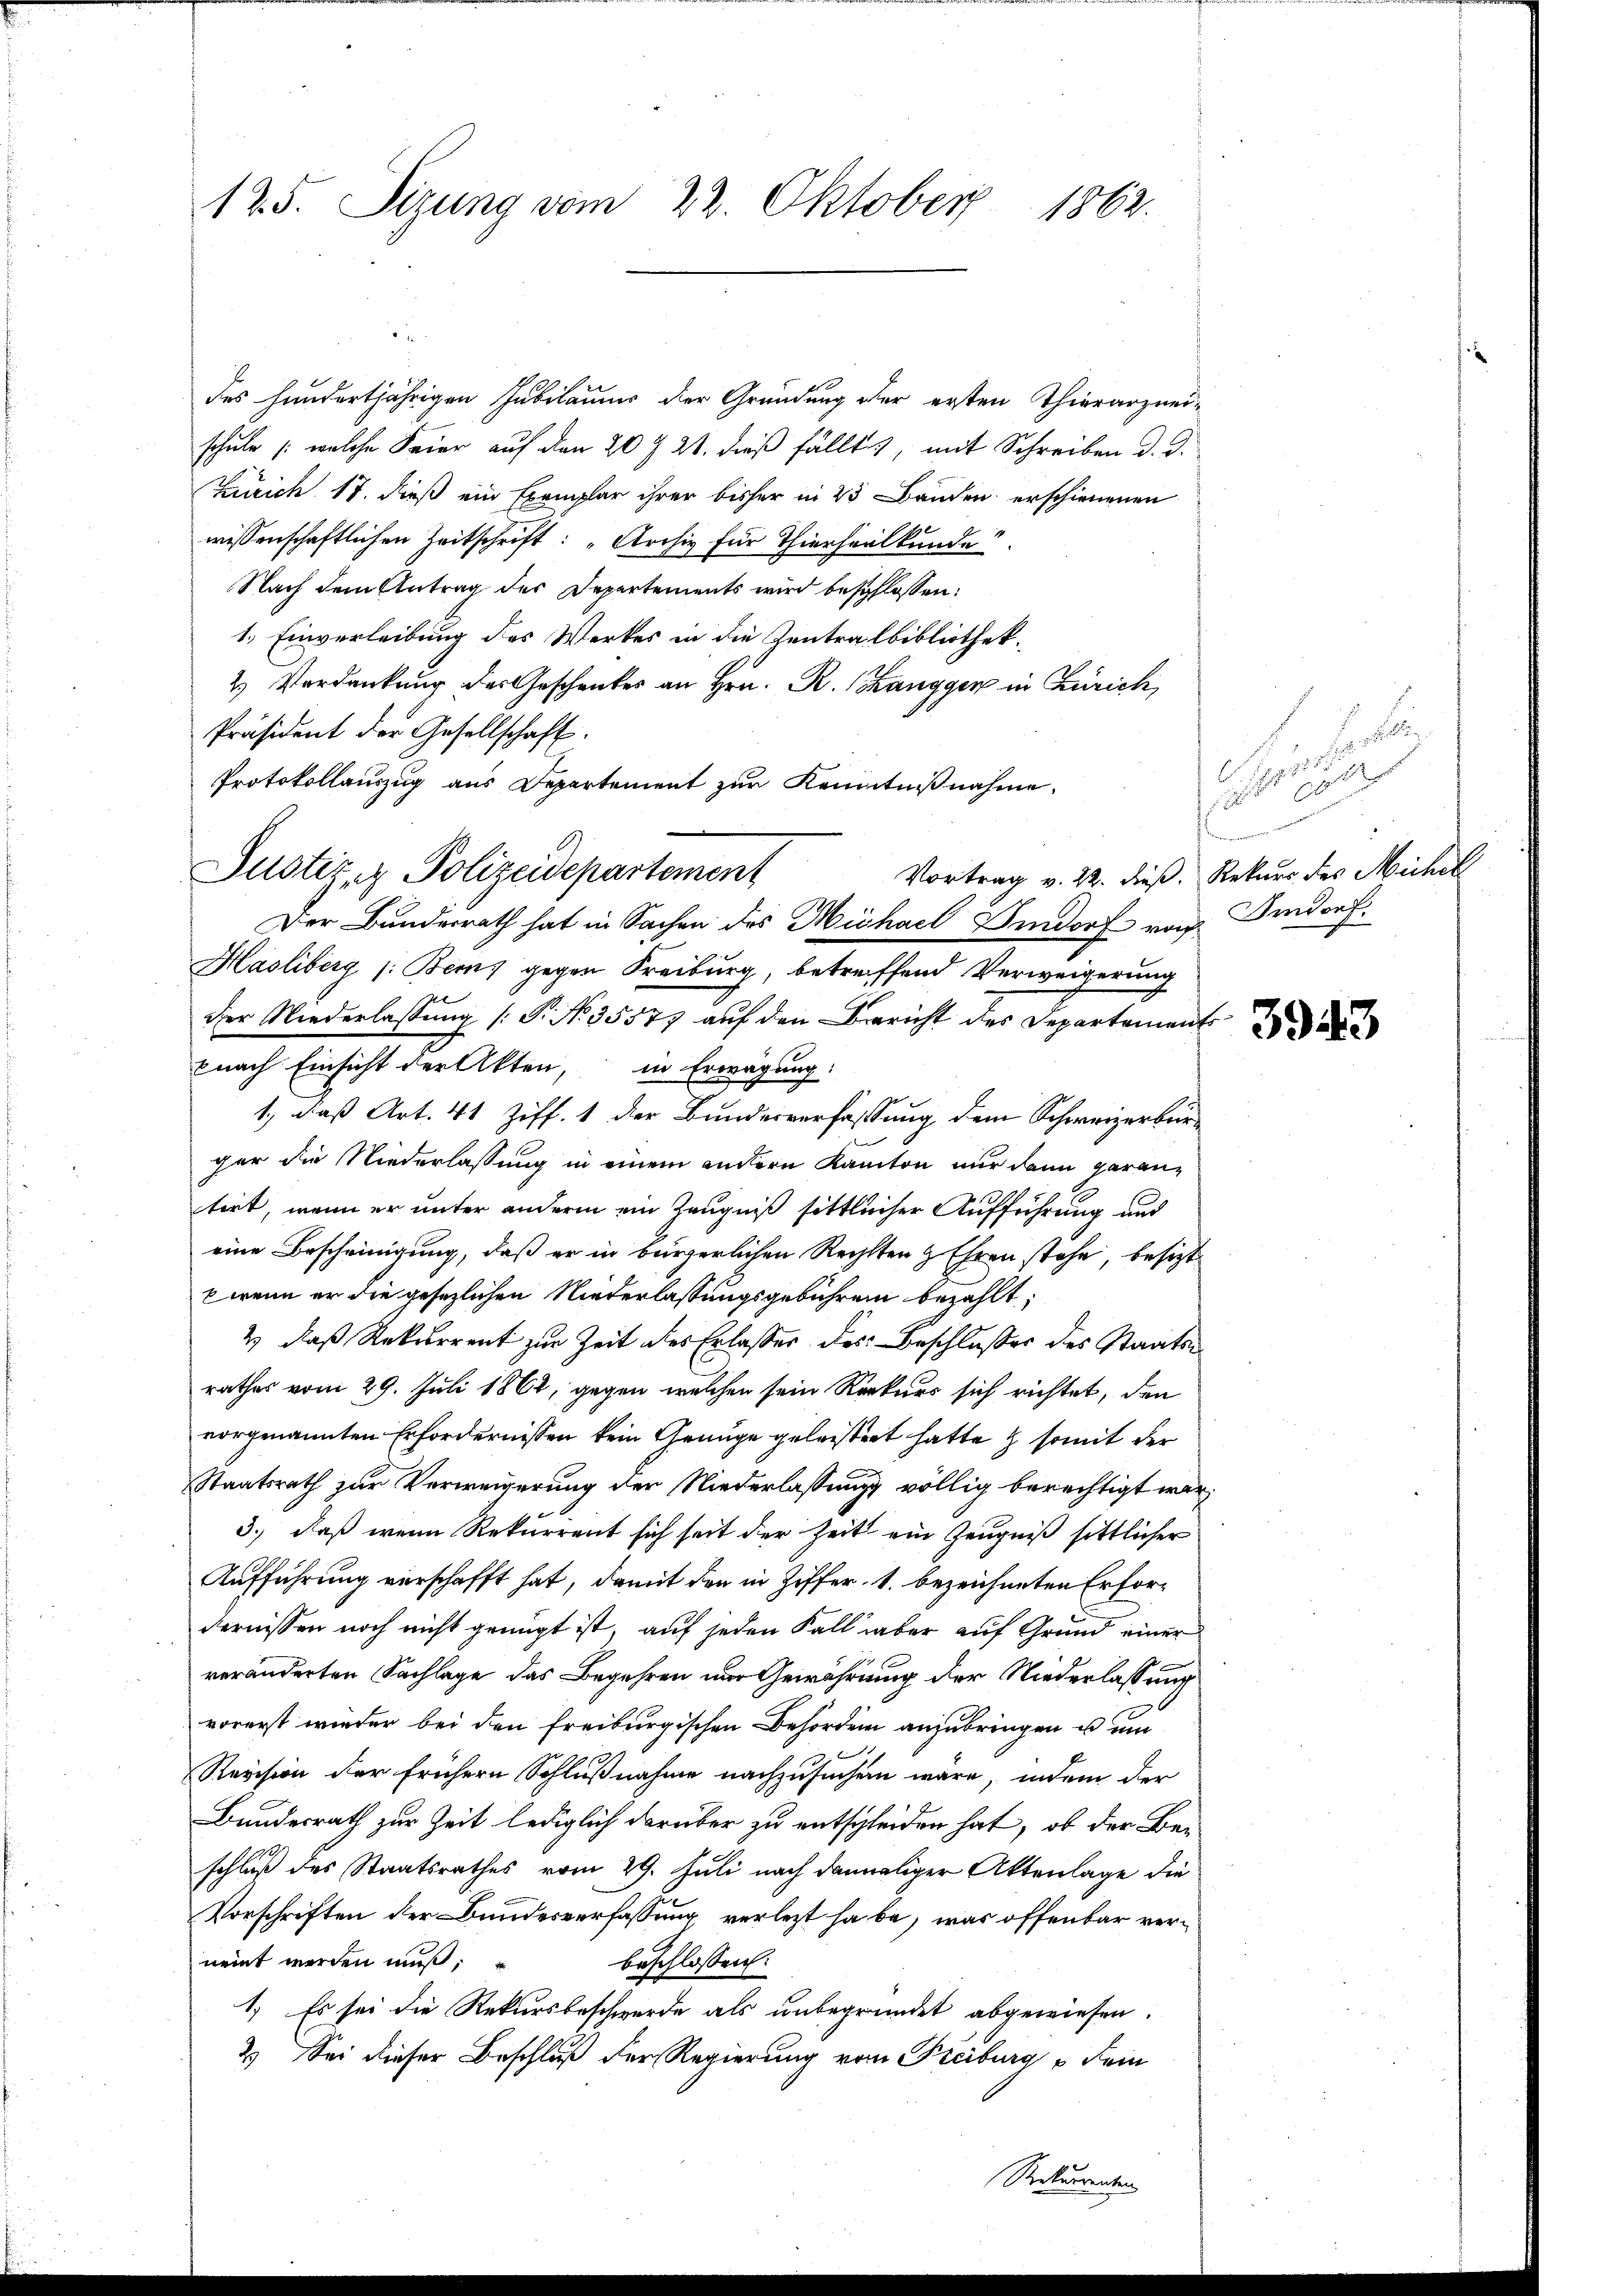
125. Sizung vom 22. Oktober 1862.

des hundertjährigen Jubilaumes der Gründung der ersten Thierarzneischule (welche Feier auf den 20 t 21. dieß fällt, mit Schreiben d. d.
Zürich 17. dieß ein Exemplar ihrer bisher in 23 Bauden erschienenen
wissenschaftlichen Zeitschrift: "Archiv für Thierheilkunde
Nach dem Antrag der Departements wird beschlossen:
1.) Einverleibung des Werkes in die Zentralbibliothek.
2) Verdankung des Geschenkes an Hrn. R. Schangger in Zürich,
Präsident der Gesellschaft:
Protokollauszug aus Departement zur Kenntnißnahme.
Vortrag v. 22. dieß. Rekurs des Michel
Hasliberg (: Bems gegen Freiburg, betreffend Verweigerung
der Niederlassung [P. No 35577 auf den Bericht des Departements
pnach Einsicht der Akten, in Erwägung:
1., daß Art. 41 Ziff. 1 der Bundesverfassung dem Schweizerbürger die Niederlassung in einem andern Kanton nur dann garantirt, wenn er unter andern ein Zeugniß sittlicher Aufführung und
eine Bescheinigung, daß er in bürgerlichen Rechten & Ehren stehe, besizt
b wenn er die gesezlichen Niederlassungsgebühren bezahlt;
2) daß Rekurrent zur Zeit des Erlasser des Beschlußes des Staatsrathes vom 29. Juli 1862, gegen welchen sein Kerkers sich richtet, den
vorgenannten Erfordernissen kein Grünge geleistert hatte & somit der
Staatsrath zur Verweigerung der Niederlassung völlig berechtigt war,
3.) daß wenn Rekurrent sich seit der Zeit ein Zeugniß sittlicher
Aufführung verschafft hat, damit den in Ziffer, 1. bezeichneten Erfordernissen noch nicht genügt ist, auf jeden Fall aber auf Grund einer
veränderten Sachlage das Begehren nur Gewährung der Niederlassung
vorerst wieder bei den Freiburgischen Behörden anzubringen u um
Revision der frühern Schlußnahme nachzusuchen wäre, indem der
Bundesrath zur Zeit lediglich darüber zu entschleiden hat, ob der Beschluß des Staatsrathes vom 29. Juli nach damaliger Aktenlage die
Vorschriften der Bundesverfassung verletzt habe, was offenbar verneint werden muß,
beschlossen:
1.) Es sei die Rekursbeschwerde als unbegründet abgewiesen.
2) Sei dieser Beschluß der Regierung vom Freiburg u Sein
Rekurrenten

Justiz, Polizeidepartement
Der Bundesrath hat in Sachen des Michael Sindorf von Imdorf.

verhalte
b
 00
n

3943